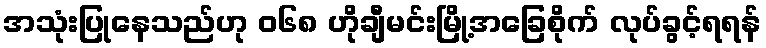
အသုံးပြုနေသည်ဟု ၀၆၈ ဟိုချီမင်းမြို့အခြေစိုက် လုပ်ခွင့်ရရန်